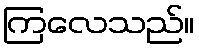
ကြလေသည်။